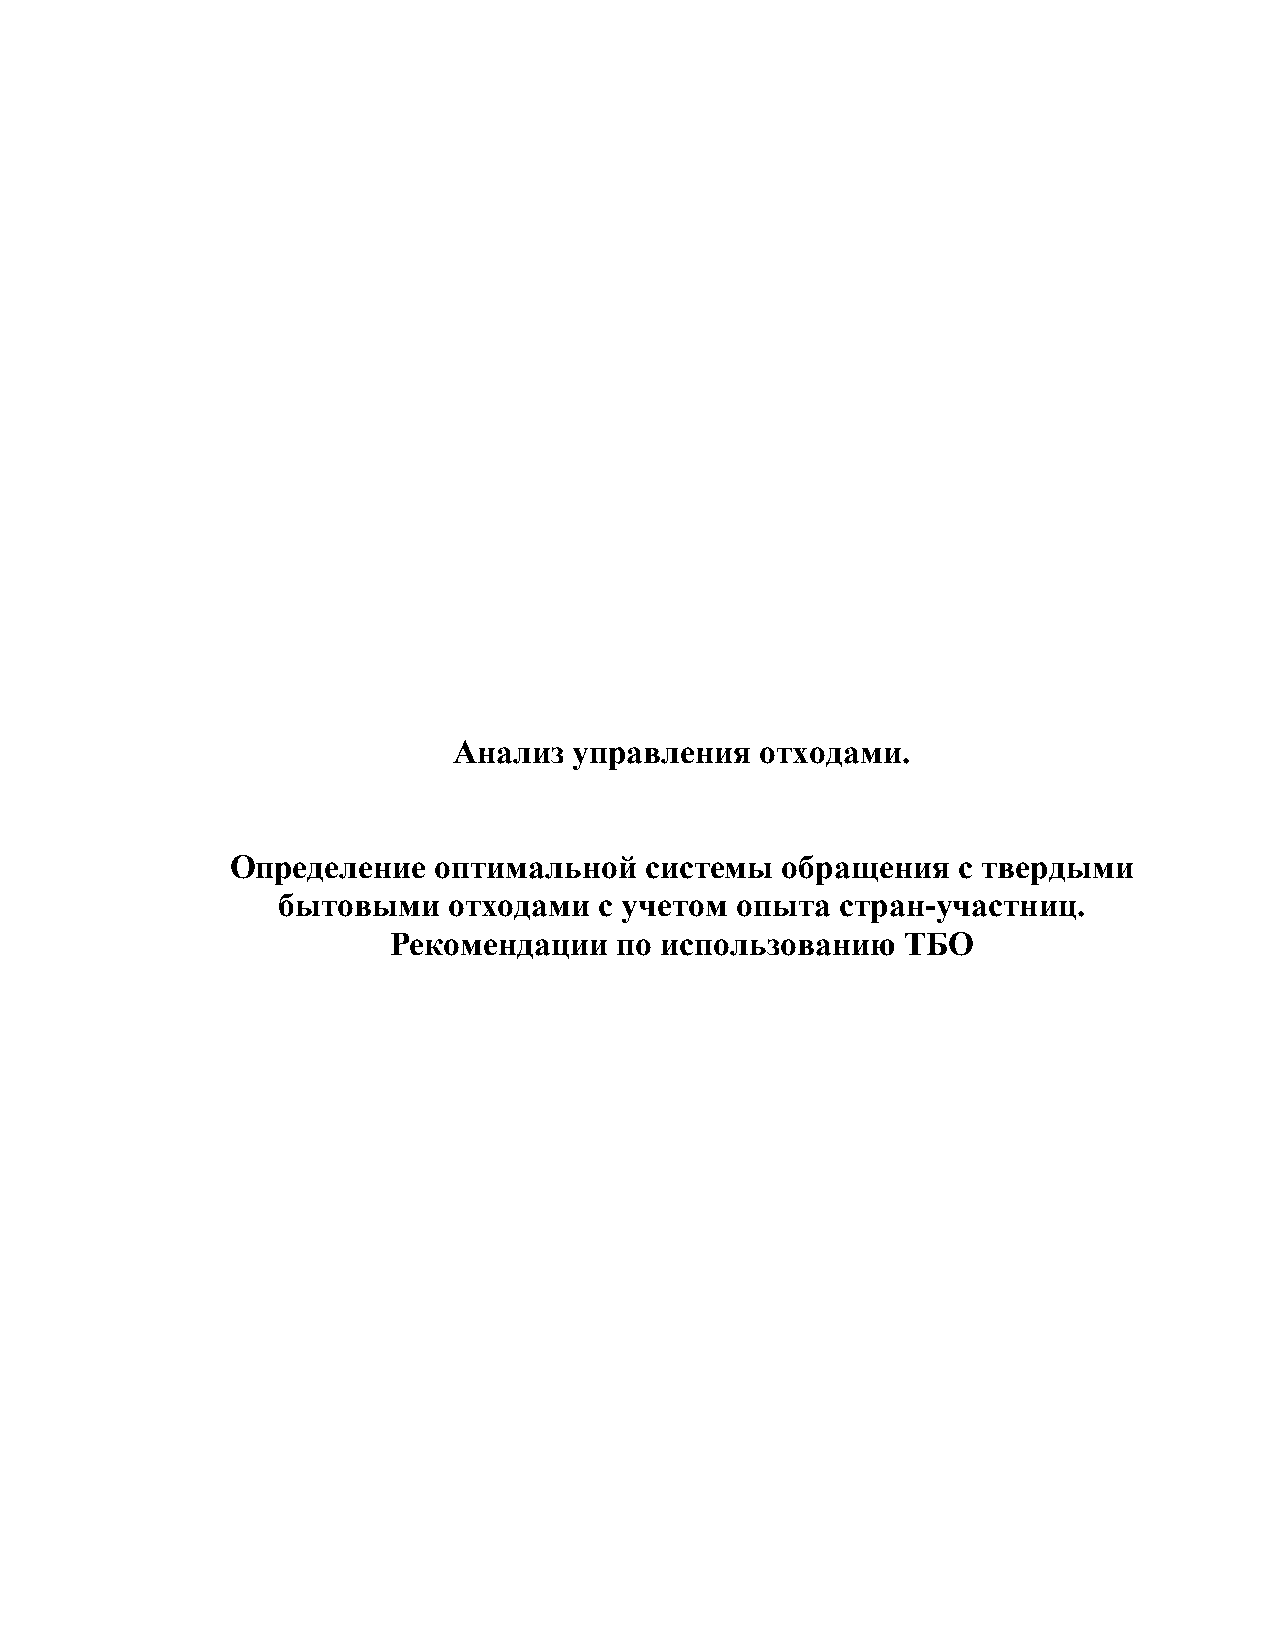
Анализ  управления  отходами.
 Определение   оптимальной   системы  обращения  с твердыми
 бытовыми    отходами  с учетом опыта  стран-участниц.
 Рекомендации   по использованию   ТБО